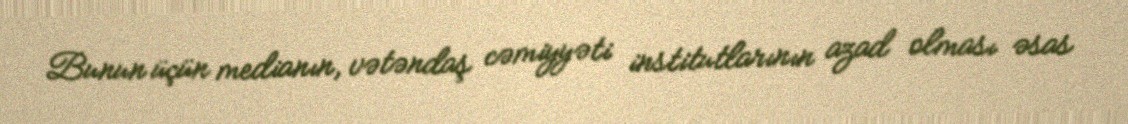
Bunun üçün medianın, vətəndaş cəmiyyəti institutlarının azad olması əsas